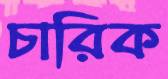
চারিক